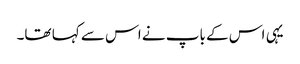
یہی اس کے باپ نے اس سے کہا تھا۔